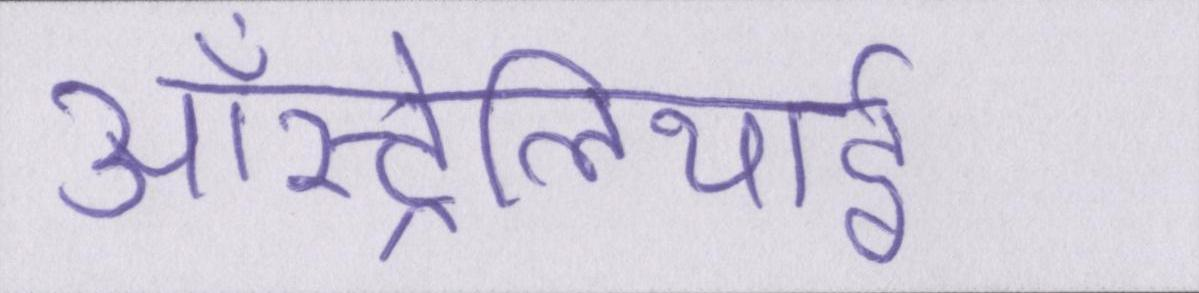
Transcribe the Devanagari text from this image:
ऑस्ट्रेलियाई